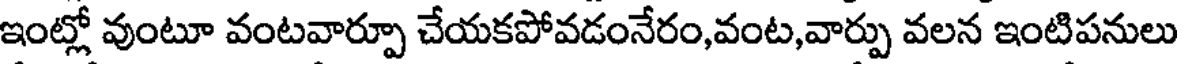
ఇంట్లో వుంటూ వంటవార్పూ చేయకపోవడంనేరం,వంట,వార్పు వలన ఇంటిపనులు